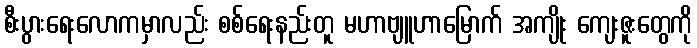
စီးပွားရေးလောကမှာလည်း စစ်ရေးနည်းတူ မဟာဗျူဟာမြောက် အကျိုး ကျေးဇူးတွေကို